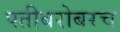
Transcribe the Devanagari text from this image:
पतीबरोबरच